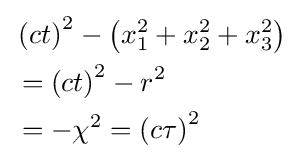
{\begin{aligned}&\left(ct\right)^{2}-\left(x_{1}^{2}+x_{2}^{2}+x_{3}^{2}\right)\\&=\left(ct\right)^{2}-r^{2}\\&=-\chi ^{2}=\left(c\tau \right)^{2}\end{aligned}}\,\!